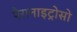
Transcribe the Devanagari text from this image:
पैरानाइट्रोसो